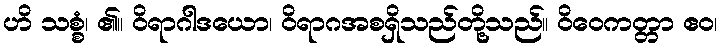
ဟိ သစ္စံ၊ ၏။ ဝိရာဂါဒယော၊ ဝိရာဂအစရှိသည်တို့သည်။ ဝိဝေကတ္တာ ဧဝ၊